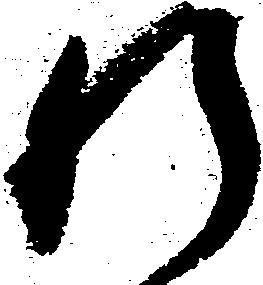
肝